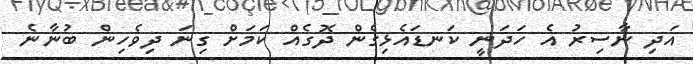
އަދި ނާސިރު އެ ހަދަނީ ކަނޑައެޅިގެން ދޮގެއް ކަމަށް ގިނަ ދިވެހިން ބުނާނެ